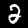
Label: 2